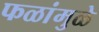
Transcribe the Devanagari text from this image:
फळांमुळे